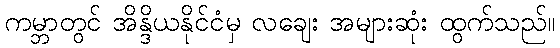
ကမ္ဘာတွင် အိန္ဒိယနိုင်ငံမှ လချေး အများဆုံး ထွက်သည်။